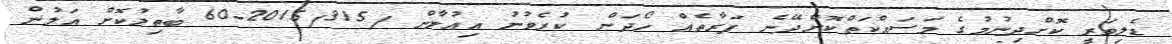
ޑެލިވަރީ ކޮށްދިނުމުގެ މަސައްކަތްކޮށްދޭނެ ފަރާތެއް ހޯދަން ކުރެވުނު އިޢުލާން /2015/315-60 ބާޠިލުކޮށް އަލުން